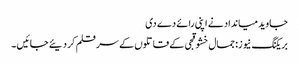
جاوید میانداد نے اپنی رائے دے دی
بریکنگ نیوز: جمال خشوقجی کے قاتلوں کے سر قلم کر دیئے جائیں ۔